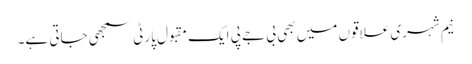
نیم شہری علاقوں میں بھی بی جے پی ایک مقبول پارٹی سمجھی جاتی ہے۔